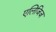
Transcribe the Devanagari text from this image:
एलिजिज